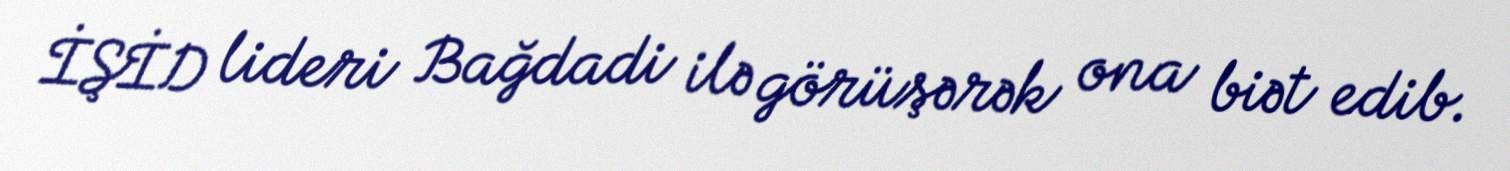
İŞİD lideri Bağdadi ilə görüşərək ona biət edib.